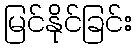
မြင်နိုင်ခြင်း